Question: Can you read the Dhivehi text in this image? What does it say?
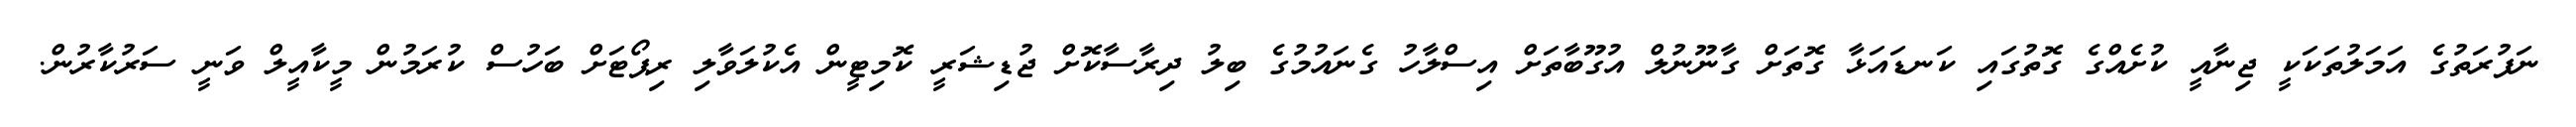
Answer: ނަފުރަތުގެ އަމަލުތަކަކީ ޖިނާއީ ކުށެއްގެ ގޮތުގައި ކަނޑައަޅާ ގޮތަށް ގާނޫނުލް އުގޫބާތަށް އިސްލާހު ގެނައުމުގެ ބިލު ދިރާސާކޮށް ޖުޑިޝަރީ ކޮމިޓީން އެކުލަވާލި ރިޕޯޓަށް ބަހުސް ކުރަމުން މީކާއީލް ވަނީ ސަރުކާރުން.